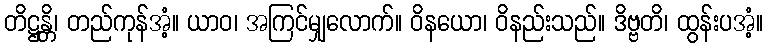
တိဋ္ဌန္တိ၊ တည်ကုန်အံ့။ ယာဝ၊ အကြင်မျှလောက်။ ဝိနယော၊ ဝိနည်းသည်။ ဒိဗ္ဗတိ၊ ထွန်းပအံ့။